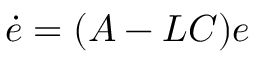
{ \dot { e } } = ( A - L C ) e